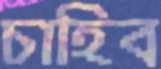
চাহিব